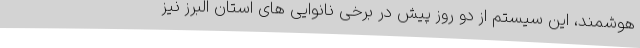
هوشمند، این سیستم از دو روز پیش در برخی نانوایی های استان البرز نیز